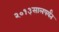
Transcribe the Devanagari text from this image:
२०१३सालपर्यंत